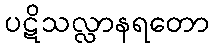
ပဋိသလ္လာနရတော